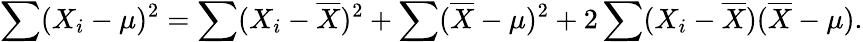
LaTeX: \sum(X_{i}-\mu)^{2}=\sum(X_{i}-{\overline{{X}}})^{2}+\sum({\overline{{X}}}-\mu)^{2}+2\sum(X_{i}-{\overline{{X}}})({\overline{{X}}}-\mu).